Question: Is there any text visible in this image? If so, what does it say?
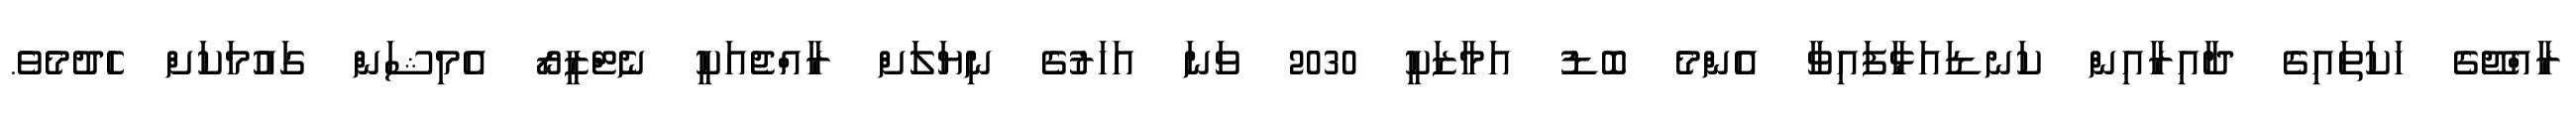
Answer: ރާއްޖޭގެ ހަކަތައިގެ ދާއިރާއިން ކަނޑައަޅާފައިވާ އެންމެ ބޮޑު އަމާޒަކީ 2030 ވަނަ އަހަރުގެ ނިޔަލަށް ރާއްޖެއަކީ ނެޓްޒީރޯ އެމިޝަން ގައުމަކަށް ހެދުމެވެ.